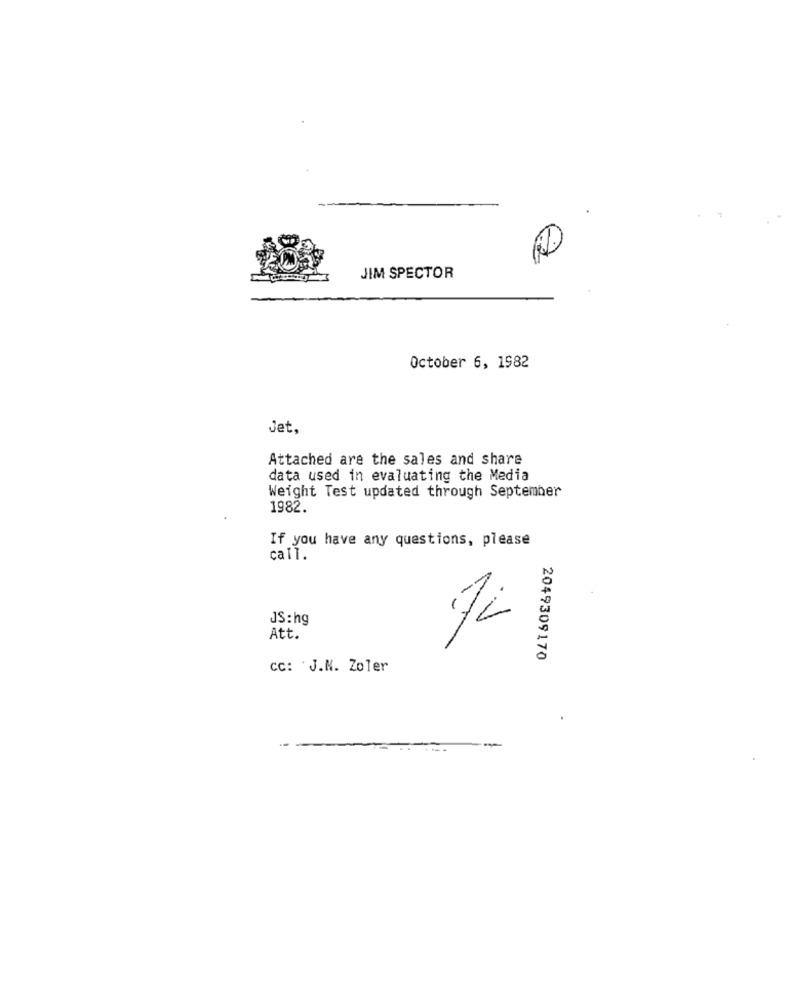
CA
JIM SPECTOR
October 6, 1982
Jet,
Attached are the sales and share
data used in evaluating the Media
Weight Test updated through September
1982.
If you have any questions, please
call.
JS:hg
Att.
2049309170
CC: J.N. Zoler